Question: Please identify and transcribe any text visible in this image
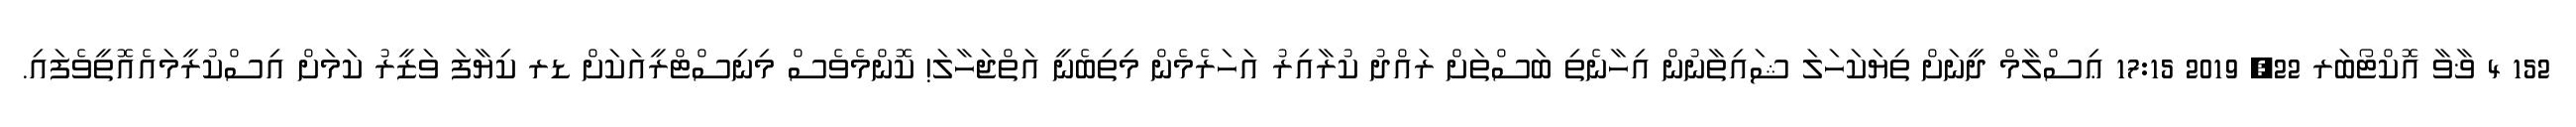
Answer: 152 4 ޥާވާ އޮކްޓޯބަރ 22, 2019 17:15 ޢިސްލާމް ދީނަށް ތިޔަކަހަލަ ޝައިތާނުން އިހާނެތި ބަސްތަށް ރައްދު ކުރާއިރު އަހަރެމެން މިތިބެނީ އަތްޖަހާލަ! ކޮންމެވެސް މިނިސްޓްރީއަކަށް ޑރ ކިޔާފަ ވަޒީރު ކަމަށް އިސްކުރީމައެއޮތީވެފައި.